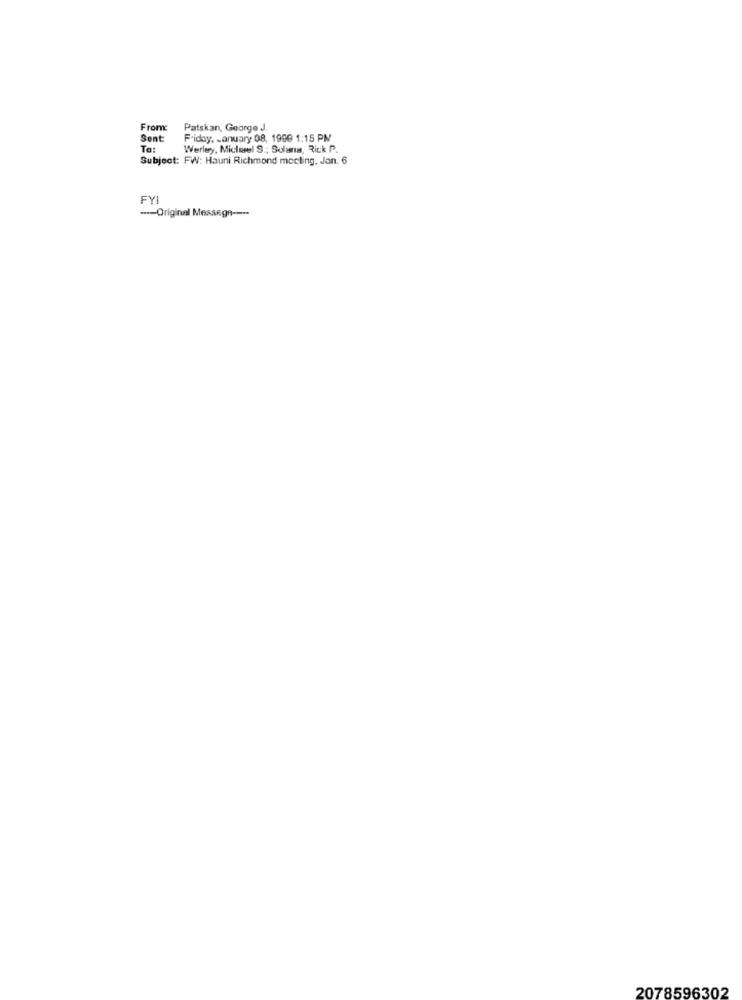
From:
Patskan, George J.
Sent
Friday, January 08, 1990 1:15 PM
To:
Werley, Michael S .; Solana, Rick P.
Subject: FW: Hauni Richmond mecting, Jan. 6
FYI
---- Original Message ----
2078596302